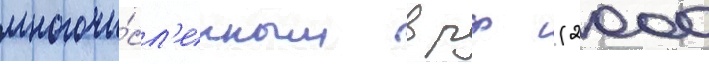
многочи́сл'енным в рф (2000